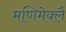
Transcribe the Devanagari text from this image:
मणिमेक्लै